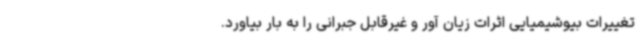
تغییرات بیوشیمیایی اثرات زیان آور و غیرقابل جبرانی را به بار بیاورد.